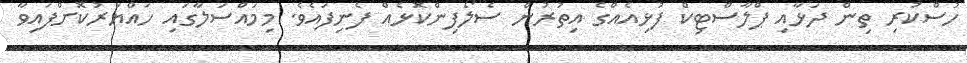
ހުސްކުރި ތިން ދަޅާއި ޕްލާސްޓިކް ފުޅިއެއްގެ އިތުރުން ސެލޯފިންކޮޅެއް ފެނިފައެވެ. މިމައްސަލާގައި ހައްޔަރުކޮށްފައިވާ